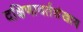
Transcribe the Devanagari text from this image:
दक्षिणावर्तशंखाय